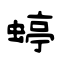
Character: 蝏